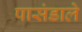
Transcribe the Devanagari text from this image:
पासंडाले